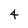
Character: 4